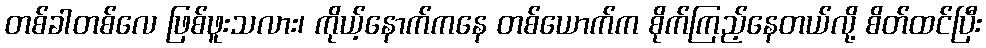
တစ်ခါတစ်လေ ဖြစ်ဖူးသလား၊ ကိုယ့်နောက်ကနေ တစ်ယောက်က စိုက်ကြည့်နေတယ်လို့ စိတ်ထင်ပြီး